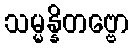
သမ္မန္နိတဗ္ဗော